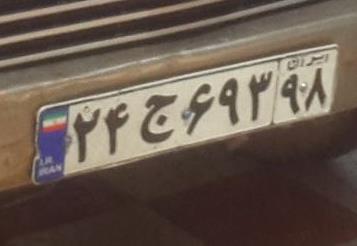
۲۴ج۶۹۳۹۸